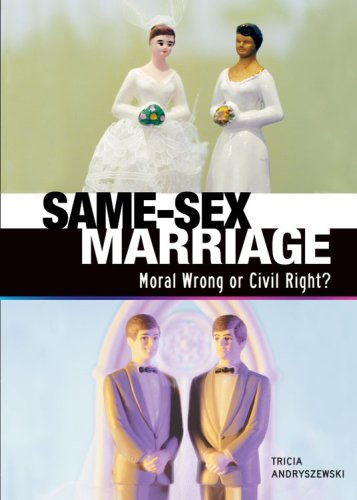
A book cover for Same-Sex Marriage: Moral Wrong or Civil Right? (Exceptional Social Studies Titles for Upper Grades); Tricia Andryszewski; Teen & Young Adult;